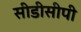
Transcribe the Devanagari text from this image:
सीडीसीपी